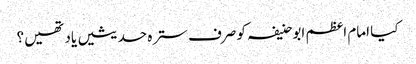
کیا امام اعظم ابوحنیفہ کو صرف سترہ حدیثیں یاد تھیں؟